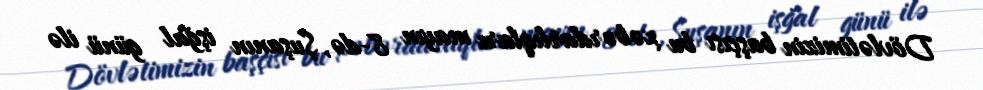
Dövlətimizin başçısı bu xəbərdarlıqları mayın 8-də, Şuşanın işğal günü ilə